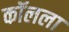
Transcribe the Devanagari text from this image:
कॉलला